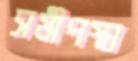
সমীপস্থা